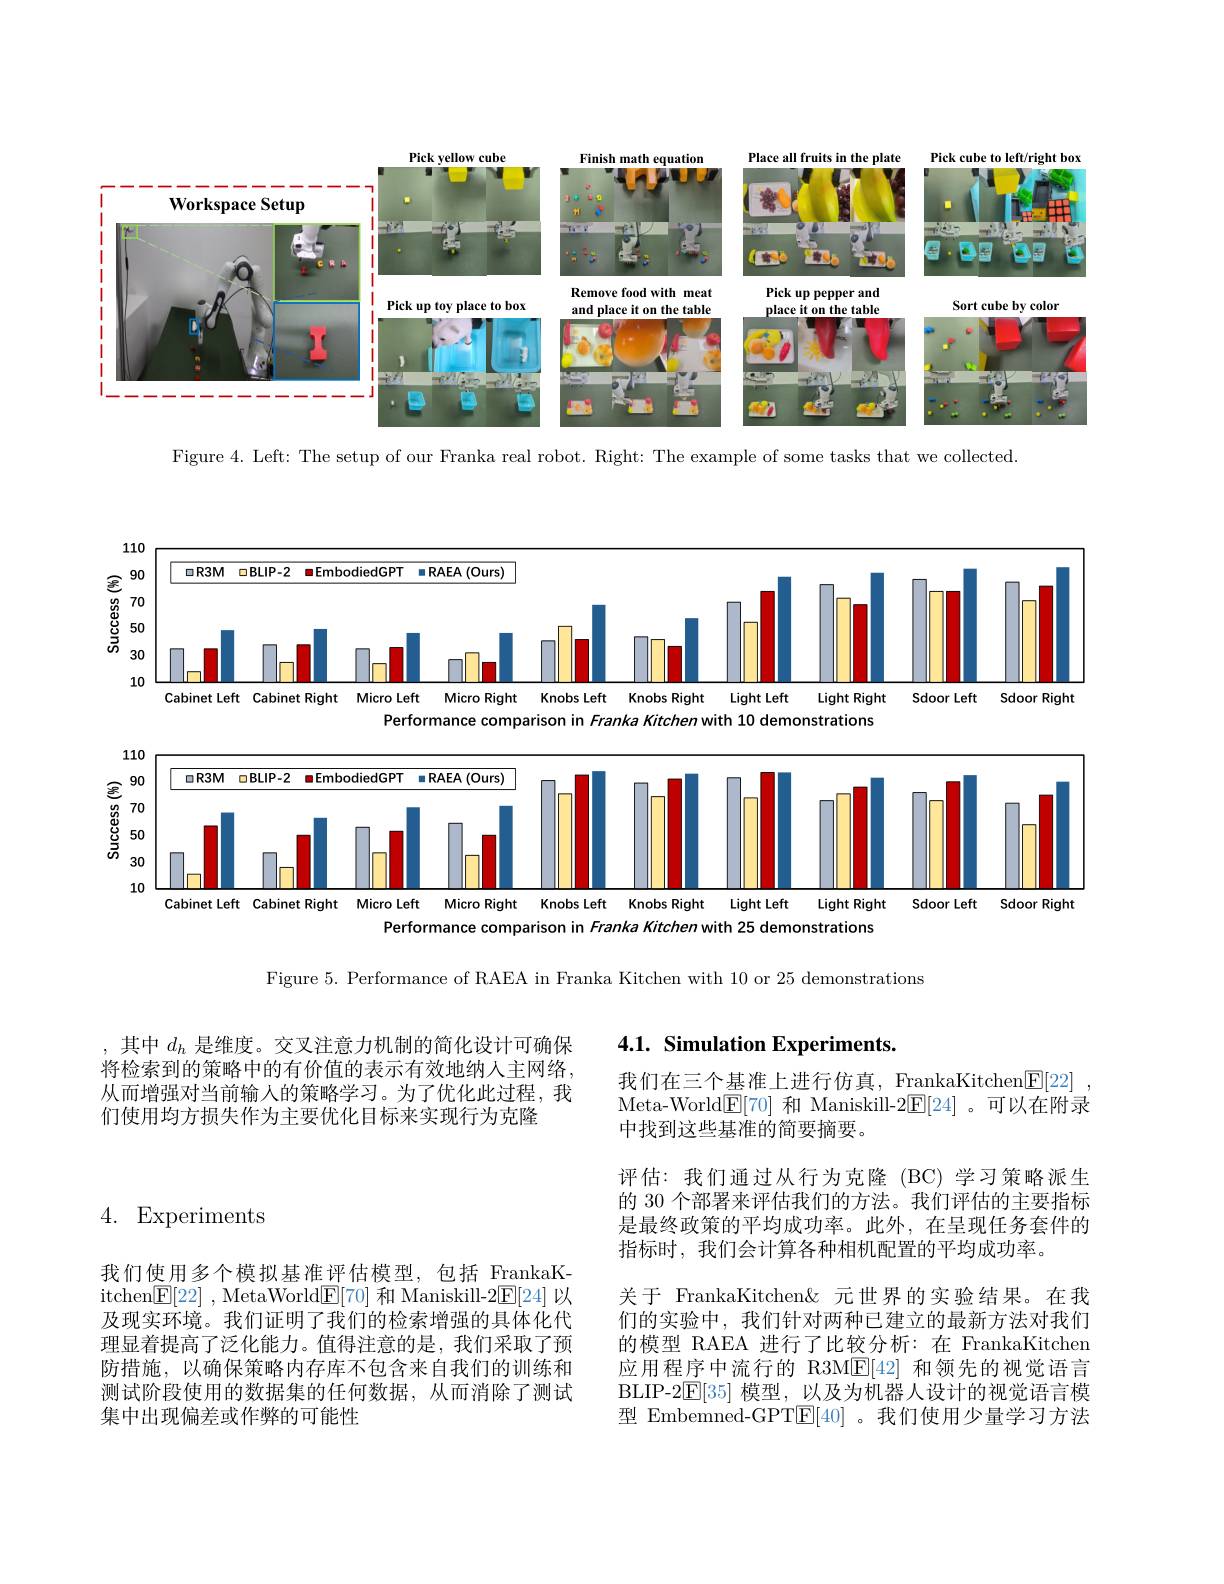
<FigureHere>

Figure 4. Left: The setup of our Franka real robot. Right: The example of some tasks that we collected

<FigureHere>

Figure 5. Performance of RAEA in Franka Kitchen with 10 or 25 demonstrations

,其中$d_h$是维度。交叉注意力机制的简化设计可确保将检索到的策略中的有价值的表示有效地纳人主网络， 从而增强对当前输人的策略学习。为了优化此过程，我们使用均方损失作为主要优化目标来实现行为克隆

4. Experiments

我们使用多个模拟基准评估模型，包括 FrankaKitchen$\underline {\mathrm{E} }[ 22]$ , MetaWorld$\underline{\mathrm{E}}[70]$和 Maniskill-2$\underline{\mathrm{E}}[24]$以及现实环境。我们证明了我们的检索增强的具体化代理显着提高了泛化能力。值得注意的是，我们采取了预防措施，以确保策略内存库不包含来自我们的训练和测试阶段使用的数据集的任何数据，从而消除了测试集中出现偏差或作弊的可能性

# 4.1. Simulation Experiments.

我们在三个基准上进行仿真，FrankaKitchen$\underline{\mathrm{E}}[22]$ Meta-World$\boxed{\mathrm{F}}[70]$和 Maniskill-2$\boxed{\mathrm{F}}[24]$。可以在附录中找到这些基准的简要摘要。

评估：我们通过从行为克隆(BC)学习策略派生的 30 个部署来评估我们的方法。我们评估的主要指标是最终政策的平均成功率。此外，在呈现任务套件的指标时，我们会计算各种相机配置的平均成功率。
关于 FrankaKitchen&元世界的实验结果。在我们的实验中，我们针对两种已建立的最新方法对我们的模型 RAEA 进行了比较分析：在 FrankaKitchen 应用程序中流行的 R3ME[42]和领先的视觉语言BLIP-2$\mathbb{E}[35]$模型，以及为机器人设计的视觉语言模型 Embemned-GPT$\underline{\mathrm{E}}[40]$ 。我们使用少量学习方法